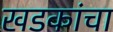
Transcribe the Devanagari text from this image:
खडकांचा